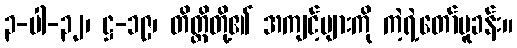
၃-ပါ-၃၂၊ ဋ္ဌ-၁၉၊ တိတ္ထိတို့၏ အကျင့်များကို ကဲ့ရဲ့တော်မူခန်း။